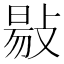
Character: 𢾙